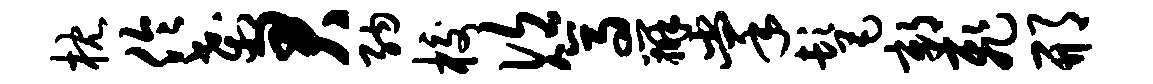
枕伶刹君纳校次篙辨掌髦鄣飞邢